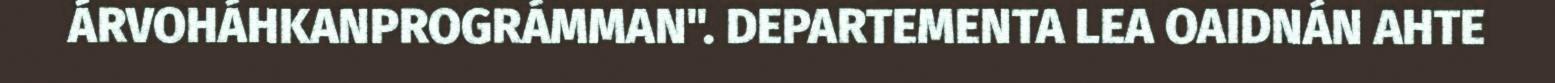
ÁRVOHÁHKANPROGRÁMMAN". DEPARTEMENTA LEA OAIDNÁN AHTE